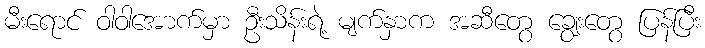
မီးရောင် ဝါဝါအောက်မှာ ဦးသိန်းရဲ့ မျက်နှာက အဆီတွေ ချွေးတွေ ပြန်ပြီး